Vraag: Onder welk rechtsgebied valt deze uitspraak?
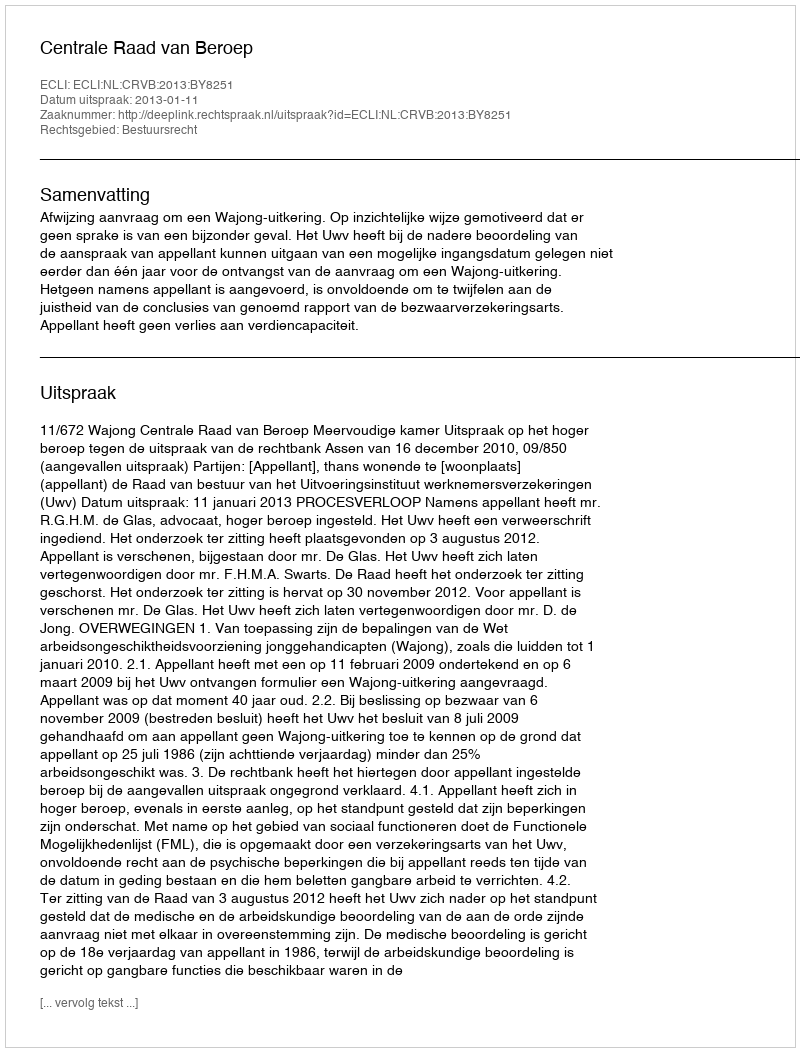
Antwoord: Bestuursrecht